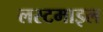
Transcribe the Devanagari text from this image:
लस्टमाइल